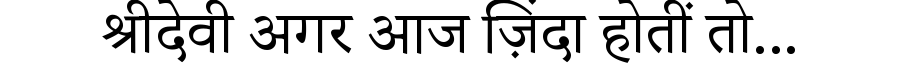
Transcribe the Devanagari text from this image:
श्रीदेवी अगर आज ज़िंदा होतीं तो...